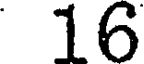
16